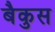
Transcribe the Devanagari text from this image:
बैकुस